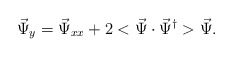
\begin{align*}\vec \Psi_{y}= \vec \Psi_{xx}+2 <\vec \Psi \cdot\vec \Psi^\dagger> \vec \Psi.\end{align*}